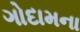
ગોદામના